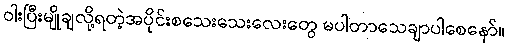
ဝါးပြီးမျိုချလို့ရတဲ့အပိုင်းစသေးသေးလေးတွေ မပါတာသေချာပါစေနော်။